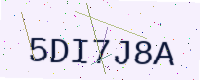
Text: 5DI7J8A